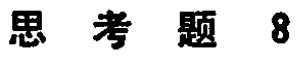
思考题 8